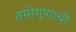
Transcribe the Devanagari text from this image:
तमोगुणाची